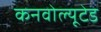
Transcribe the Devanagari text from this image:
कनवोल्यूटेड